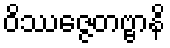
ဝိဿဇ္ဇေတဗ္ဗာနိ